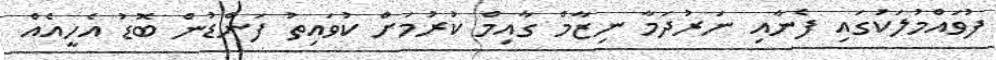
ފުވައްމުލަކުގައި ފެނާއި ނަރުދަމާ ނިޒާމް ގާއިމް ކުރުމަށް ކުވައިތު ފަންޑުން ބޮޑު އެހީއެއް